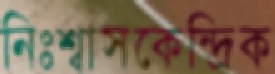
নিঃশ্বাসকেন্দ্রিক